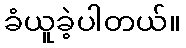
ခံယူခဲ့ပါတယ်။